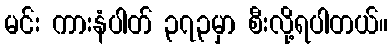
မင်း ကားနံပါတ် ၃၇၃မှာ စီးလို့ရပါတယ်။